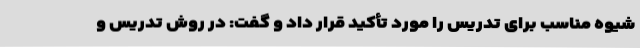
شیوه مناسب برای تدریس را مورد تأکید قرار داد و گفت: در روش تدریس و